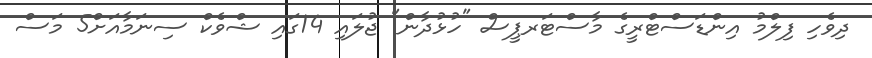
ދިވެހި ފިލްމު އިންޑަސްޓްރީގެ މާސްޓަރޕީސް "ހުޅުދާން" ޖުލައި 14ގައި ޝްވެކް ސިނަމާއަށް5 މަސް